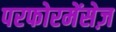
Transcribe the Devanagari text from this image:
परफोरमेंसेज़